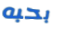
بحبه